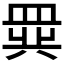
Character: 𬐧